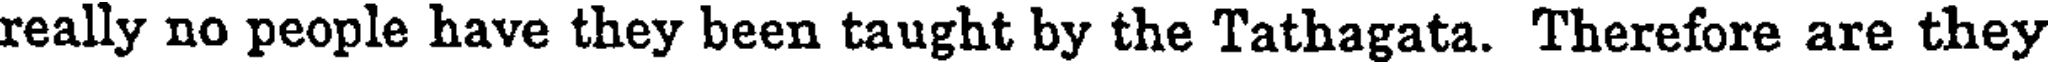
really no people have they been taught by the Tathagata. Therefore are they